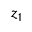
z _ { 1 }